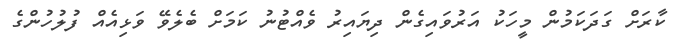
ކާރަށް ގަދަކަމުން މީހަކު އަރުވައިގެން ދިޔައިރު ވެއްޓުނު ކަމަށް ބެލެވޭ ވަޅިއެއް ފުލުހުންގެ